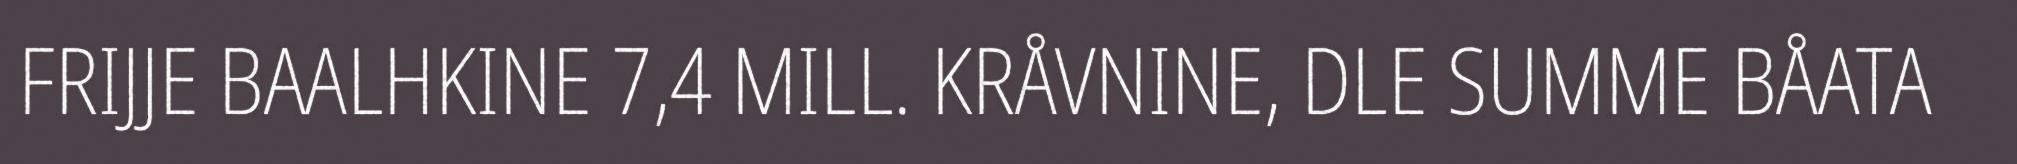
FRIJJE BAALHKINE 7,4 MILL. KRÅVNINE, DLE SUMME BÅATA